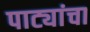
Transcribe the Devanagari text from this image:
पाट्यांचा